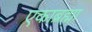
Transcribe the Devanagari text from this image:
एकाब्रह्मा